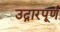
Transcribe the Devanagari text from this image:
उद्गारपूर्ण